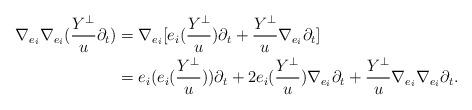
LaTeX: \begin{align*}\nabla_{e_i}\nabla_{e_i}(\frac{Y^{\perp}}{u}\partial_t)&=\nabla_{e_i}[e_i(\frac{Y^{\perp}}{u})\partial_t+\frac{Y^{\perp}}{u}\nabla_{e_i}\partial_t]\\&=e_i(e_i(\frac{Y^{\perp}}{u}))\partial_t+2e_i(\frac{Y^{\perp}}{u})\nabla_{e_i}\partial_t+\frac{Y^{\perp}}{u}\nabla_{e_i}\nabla_{e_i}\partial_t.\end{align*}